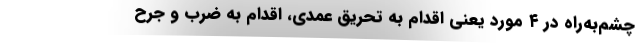
چشم‌به‌راه در ۴ مورد یعنی اقدام به تحریق عمدی، اقدام به ضرب و جرح